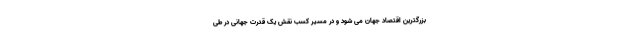
بزرگترین اقتصاد جهان می شود و در مسیر کسب نقش یک قدرت جهانی در طی